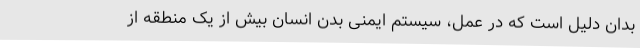
بدان دلیل است که در عمل، سیستم ایمنی بدن انسان بیش از یک منطقه از